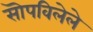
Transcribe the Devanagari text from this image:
सॊपविलेले